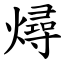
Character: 燖